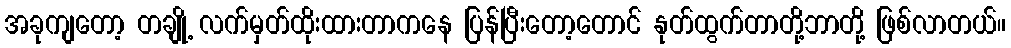
အခုကျတော့ တချို့ လက်မှတ်ထိုးထားတာကနေ ပြန်ပြီးတော့တောင် နုတ်ထွက်တာတို့ဘာတို့ ဖြစ်လာတယ်။